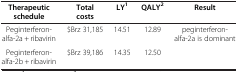
<table><thead><tr><td><b>Therapeutic schedule</b></td><td><b>Total costs</b></td><td><b>LY<sup>1</sup></b></td><td><b>QALY<sup>2</sup></b></td><td><b>Result</b></td></tr></thead><tbody><tr><td>Peginterferon-alfa-2a + ribavirin</td><td>$Brz 31,185</td><td>14.51</td><td>12.89</td><td>peginterferon-alfa-2a is dominant</td></tr><tr><td>Peginterferon-alfa-2b + ribavirin</td><td>$Brz 39,186</td><td>14.35</td><td>12.50</td><td> </td></tr></tbody></table>